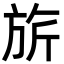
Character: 旂